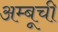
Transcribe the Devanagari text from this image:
अम्बूची